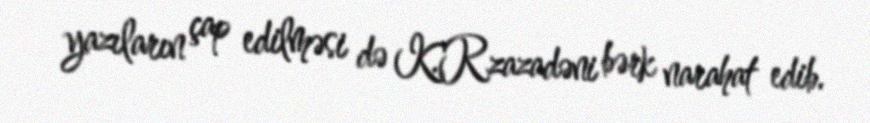
yazıların çap edilməsi də K.Rzazadəni bərk narahat edib.